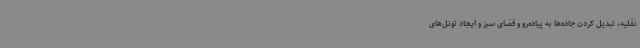
نقلیه، تبدیل کردن جاده‌ها به پیاده‌رو و فضای سبز و ایجاد تونل‌های